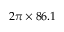
2 \pi \times 8 6 . 1